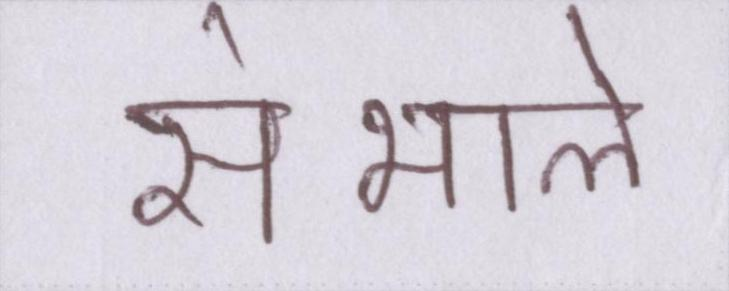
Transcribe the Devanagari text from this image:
संभाले